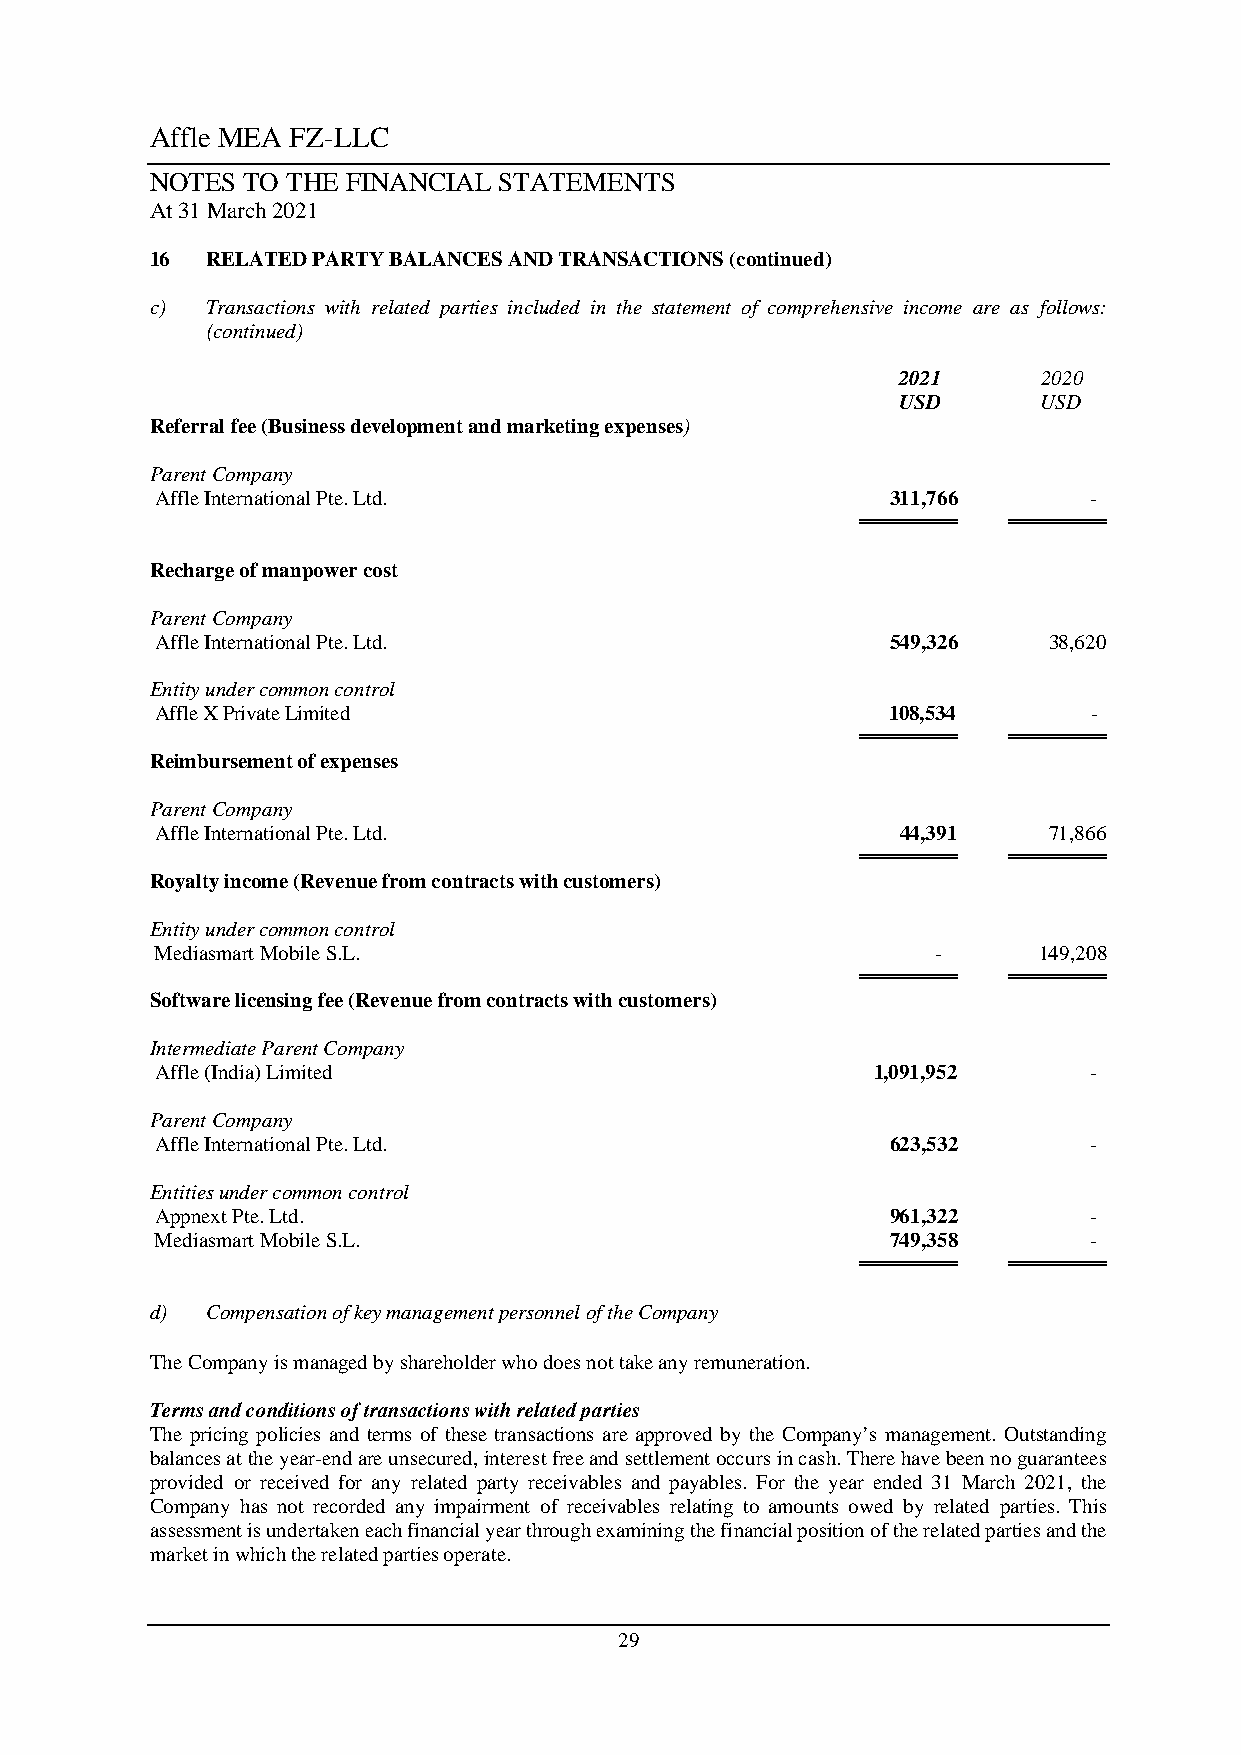
Affle MEA FZ-LLC
 NOTES TO THE FINANCIAL STATEMENTS
 At 31 March 2021
 16  RELATED PARTY BALANCES AND TRANSACTIONS (continued)
 c)  Transactions with related parties included in the statement of comprehensive income are as follows:
 (continued)
 2021      2020
 USD       USD
 Referral fee (Business development and marketing expenses)
 Parent Company
 Affle International Pte. Ltd.                    311,766      -
 ════════  ════════
 Recharge of manpower cost
 Parent Company
 Affle International Pte. Ltd.                    549,326   38,620
 Entity under common control
 Affle X Private Limited                          108,534      -
 ════════  ════════
 Reimbursement of expenses
 Parent Company
 Affle International Pte. Ltd.                     44,391   71,866
 ════════  ════════
 Royalty income (Revenue from contracts with customers)
 Entity under common control
 Mediasmart Mobile S.L.                              -      149,208
 ════════  ════════
 Software licensing fee (Revenue from contracts with customers)
 Intermediate Parent Company
 Affle (India) Limited                           1,091,952     -
 Parent Company
 Affle International Pte. Ltd.                    623,532      -
 Entities under common control
 Appnext Pte. Ltd.                                961,322      -
 Mediasmart Mobile S.L.                           749,358      -
 ════════  ════════
 d)  Compensation of key management personnel of the Company
 The Company is managed by shareholder who does not take any remuneration.
 Terms and conditions of transactions with related parties
 The pricing policies and terms of these transactions are approved by the Company’s management. Outstanding
 balances at the year-end are unsecured, interest free and settlement occurs in cash. There have been no guarantees
 provided or received for any related party receivables and payables. For the year ended 31 March 2021, the
 Company has not recorded any impairment of receivables relating to amounts owed by related parties. This
 assessment is undertaken each financial year through examining the financial position of the related parties and the
 market in which the related parties operate.
 29